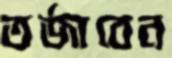
তর্জাবেন